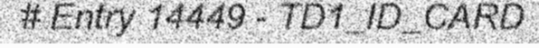
# Entry 14449 - TD1_ID_CARD